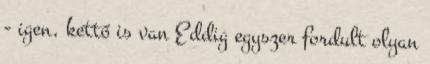
- igen, kettő is van Eddig egyszer fordult olyan